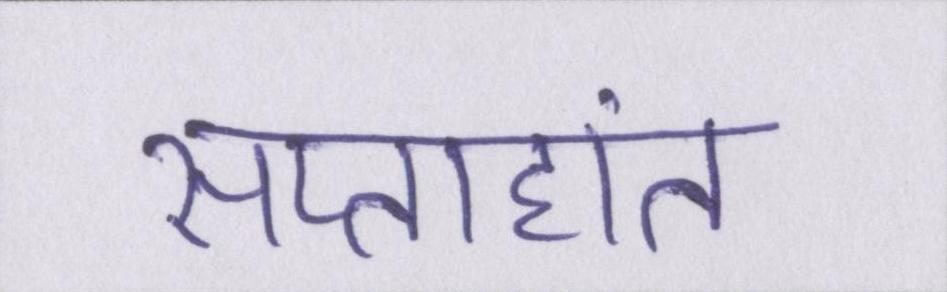
सप्ताहांत